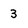
Character: 3